Report on vaccination in Madras 1922-1929 - 1922-1929
Year: 1922
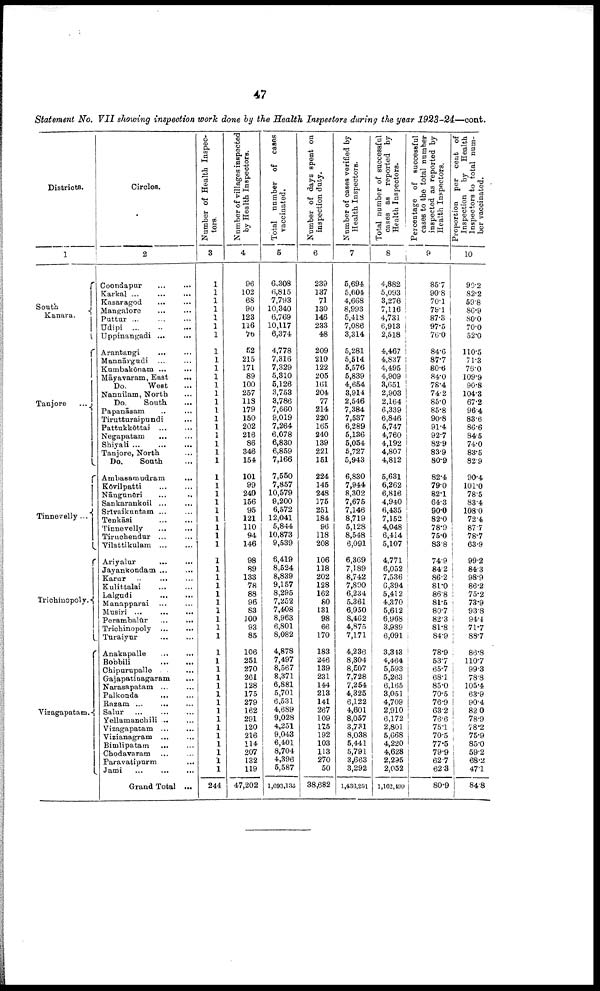
47
Statement No. VII showing inspection work done by the Health Inspectors during the year 1923-24—cont.
Districts.
1
South
Kanara.
Tanjore...
Tinnevelly...
Trichinopoly.
Vizagapatam.
Circles.
2
Coondapur... ...
Karkal ... ...
Kasaragod... ...
Mangalore...
...
Puttur... ...
Udipi ...
Uppinangadi ...
Arantangi... ...
Mannārgudi...
Kumbakōnam ... ...
Māyavaram, East
...
Do.
West
Nannilam, North
Do.
South
Papanāsam...
Tirutturaipundi...
Pattukkōttai ...
Negapatam
...
Shiyali...
...
Tanjore, North...
Do. South...
Ambasamudram
...
Kovilpatti...
Nāngunēri...
Sankarankoil ...
Srivaikuntam ... ...
Tenkasi
...
...
Tinnevelly
...
...
Tiruchendur ...
Vilattikulam ...
Ariyalur
...
...
Jayankondam ...
...
Karur...
...
Kulittalai...
Lalgudi
...
...
Manapparai ...
...
Musiri ...
...
...
Perambalūr
...
...
Trichinopoly...
...
Turaiyur...
Anakapalle
...
...
Bobbili
...
...
Chipurupalle... ...
Gajapatinagaram...
Narasapatam ...
Palkonda
...
...
Razam ...
...
Salur ...
...
...
Yellamanohili ...
Vizagapatam ...
...
Vizianagram ...
...
Bimlipatam
...
...
Chodavaram ...
Paravatipurm...
...
Jami...
.
.
.
Grand Total ...
Number of Health Inspec
tors.
3
1
1
1
1
1
1
1
1
1
1
1
1
1
1
1
1
1
1
1
1
1
1
1
1
1
1
1
1
1
1
1
1
1
1
1
1
1
1
1
1
1
1
1
1
1
1
1
1
1
1
1
1
1
1
1
244
Number of villages inspected
by Health Inspectors.
4
96
102
68
90
123
116
70
52
215
171
89
100
257
118
179
150
202
216
86
346
154
101
99
240
156
95
121
110
94
146
98
89
133
78
88
96
83
100
93
85
106
251
270
261
128
175
279
162
291
120
216
114
207
132
119
47,202
Total number of cases
vaccinated.
5
6,308
6,815
7,793
10,340
6,769
10,117
6,374
4,778
7,316
7,329
5,310
5,126
3,753
3,786
7,660
9,019
7,264
6,078
6,830
6,859
7,166
7,550
7,857
10,579
9,200
6,572
12,041
5,844
10,873
9,539
6,419
8,524
8,839
9,157
8,295
7,252
7,408
8,963
6,801
8,082
4,878
7,497
8,567
8,371
6,881
5,701
6,531
4,689
9,028
4,251
9,043
6,401
8,704
4,396
5,587
1,693,135
Number of days spent on
inspection duty.
6
239
137
71
130
146
233
48
209
210
122
205
161
204
77
214
220
165
240
139
221
151
224
145
248
175
251
184
96
118
208
106
118
202
128
162
80
131
98
66
170
183
246
139
231
144
213
141
267
109
175
192
103
113
270
50
38,682
Number of cases verified by
Health Inspectors.
7
5,694
5,604
4,668
8,993
5,418
7,086
3,314
5,281
5,514
5,576
5,839
4,654
3,914
2,546
7,384
7,537
6,289
5,136
5,054
5,727
5,943
6,830
7,944
8,302
7,675
7,146
8,719
5,128
8,548
6,091
6,369
7,189
8,742
7,890
6,234
5,361
6,950
8,462
4,875
7,171
4,236
8,304
8,507
7,728
7,254
4,325
6,122
4,601
8,057
3,731
8,038
5,441
5,791
3,663
3,292
1,436,291
Total number of successful
cases as reported by
Health Inspectors.
8
4,882
5,093
3,276
7,116
4,731
6,913
2,518
4,467
4,837
4,495
4,909
3,651
2,903
2,164
6,339
6,846
5,747
4,760
4,192
4,807
4,812
5,631
6,262
6,816
4,940
6,435
7,152
4,048
6,414
5,107
4,771
6,052
7,536
6,394
6,412
4,370
5,612
6,968
3,989
6,091
3,343
4,464
5,593
5,263
6,165
3,051
4,709
2,910
6,172
2,801
5,668
4,220
4,628
2,295
2,052
1,162,499
Percentage of successful
cases to the total number
inspected as reported by
Health Inspectors.
9
85.7
90.8
70.1
79.1
87.3
97.5
76.0
84.6
87.7
80.6
84.0
78.4
74.2
85.0
85.8
90.8
91.4
92.7
82.9
83.9
80.9
82.4
79.0
82.1
64.3
90.0
82.0
78.9
75.0
83.8
74.9
84.2
86.2
81.0
86.8
81.5
80.7
82.3
81.8
84.9
78.9
53.7
65.7
68.1
85.0
70.5
76.9
63.2
76.6
75.1
70.5
77.5
79.9
62.7
62.3
80.9
Proportion
per
cent
of
Inspection
by Health
Inspectors to total num.
ber
vaccinated.
10
90.2
82.2
59.8
86.9
80.0
70.0
52.0
110.5
71.3
76.0
109.9
90.8
104.3
67.2
96.4
83.6
86.6
84.5
74.0
83.5
82.9
90.4
101.0
78.5
83.4
108.0
72.4
87.7
78.7
63.9
99.2
84.3
98.9
86.2
75.2
73.9
93.8
94.4
71.7
88.7
86.8
110.7
99.3
78.8
105.4
63.9
90.4
82.0
78.9
78.2
75.9
85.0
59.2
68.2
47.1
84.8